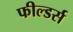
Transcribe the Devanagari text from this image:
फील्डर्स